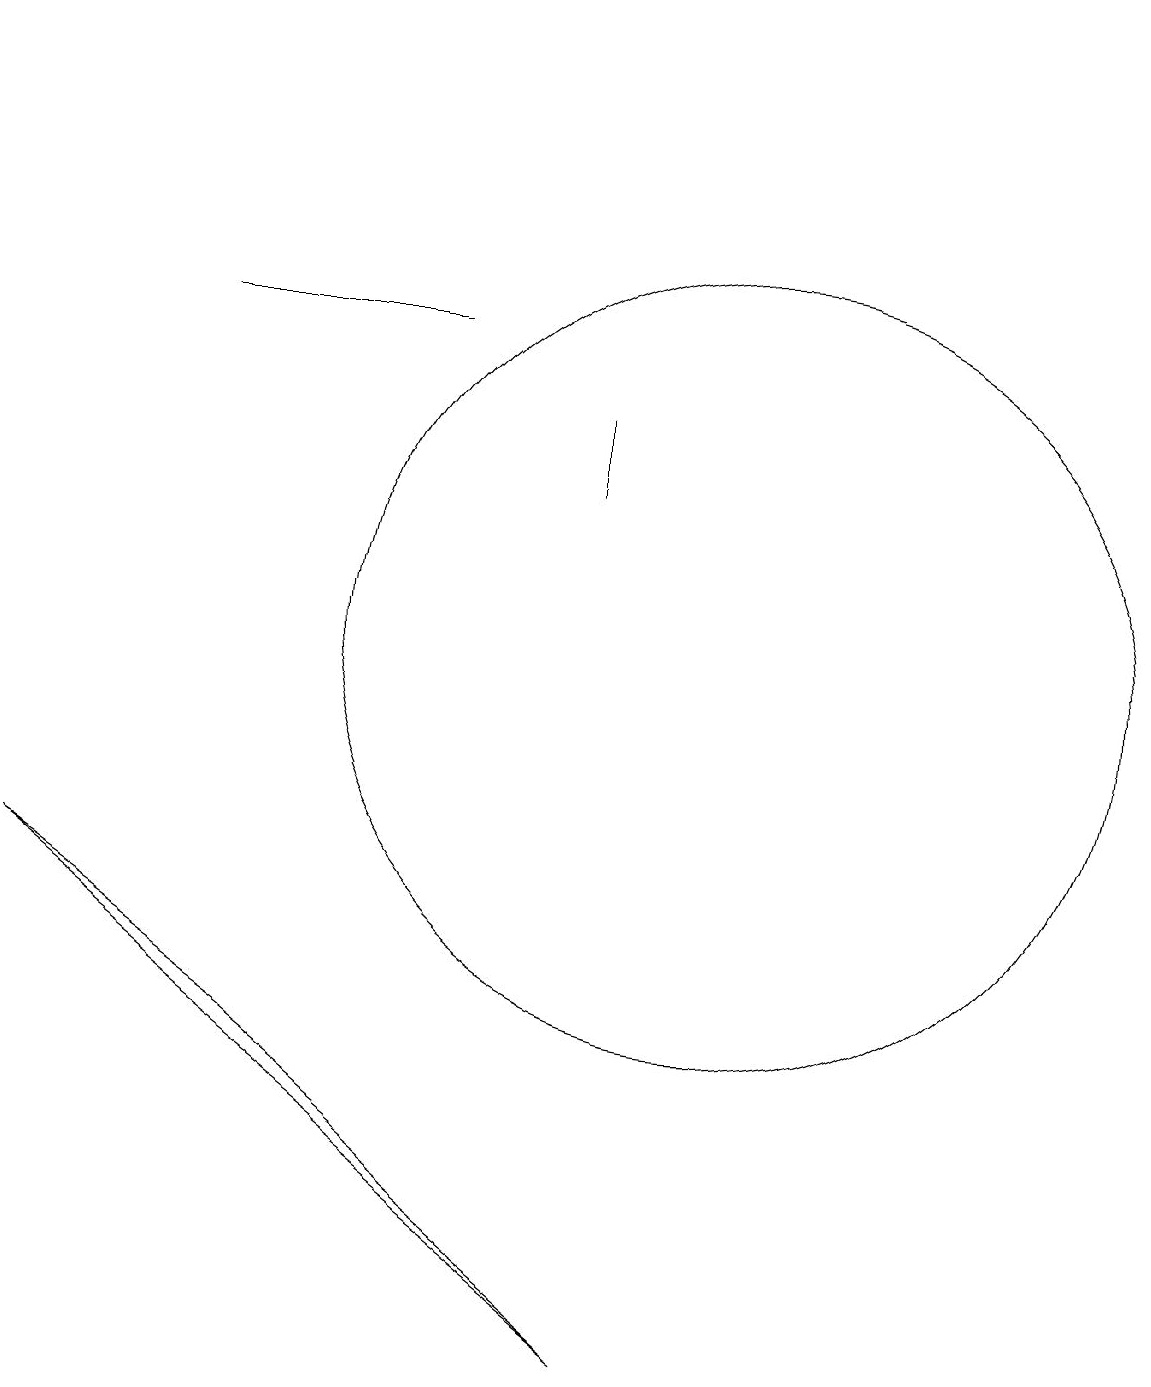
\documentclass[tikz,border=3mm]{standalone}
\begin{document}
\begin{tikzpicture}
\draw (9,2) -- (1,8) -- (4,6) -- cycle;
\draw[->] (3,19) -- (1,19);
\draw (10,11) circle (5);
\draw (6,15) rectangle (3,15);
\draw (8,13) rectangle (8,14);
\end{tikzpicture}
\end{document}